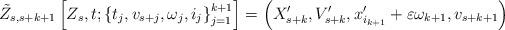
LaTeX: \begin{align*}\tilde{Z}_{s,s+k+1}\left[ Z_s,t;\left\{ t_j,v_{s+j},\omega_j,i_j \right\}_{j=1}^{k+1}\right] =\left( X_{s+k}^\prime,V_{s+k}^\prime,x_{i_{k+1}}^\prime+\varepsilon \omega_{k+1},v_{s+k+1}\right)\end{align*}